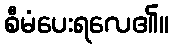
စီမံပေးရလေ၏။